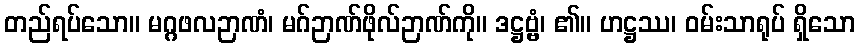
တည်ရပ်သော။ မဂ္ဂဖလဉာဏံ၊ မဂ်ဉာဏ်ဖိုလ်ဉာဏ်ကို။ ဒဋ္ဌဗ္ဗံ၊ ၏။ ဟဋ္ဌဿ၊ ဝမ်းသာရုပ် ရှိသော